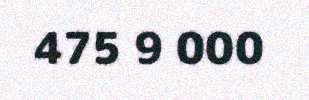
475 9 000